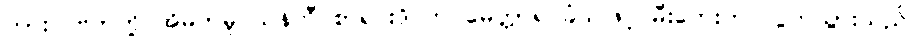
ကားလ်ဗတ်တို့ အိမ်ကမူ ယန်ကီ စာရင်းဒိုင်က မေတ္တာရပ်ခံသဖြင့် မီးဘေးက လွတ်သွားသည်။